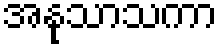
အနုသာသကာ